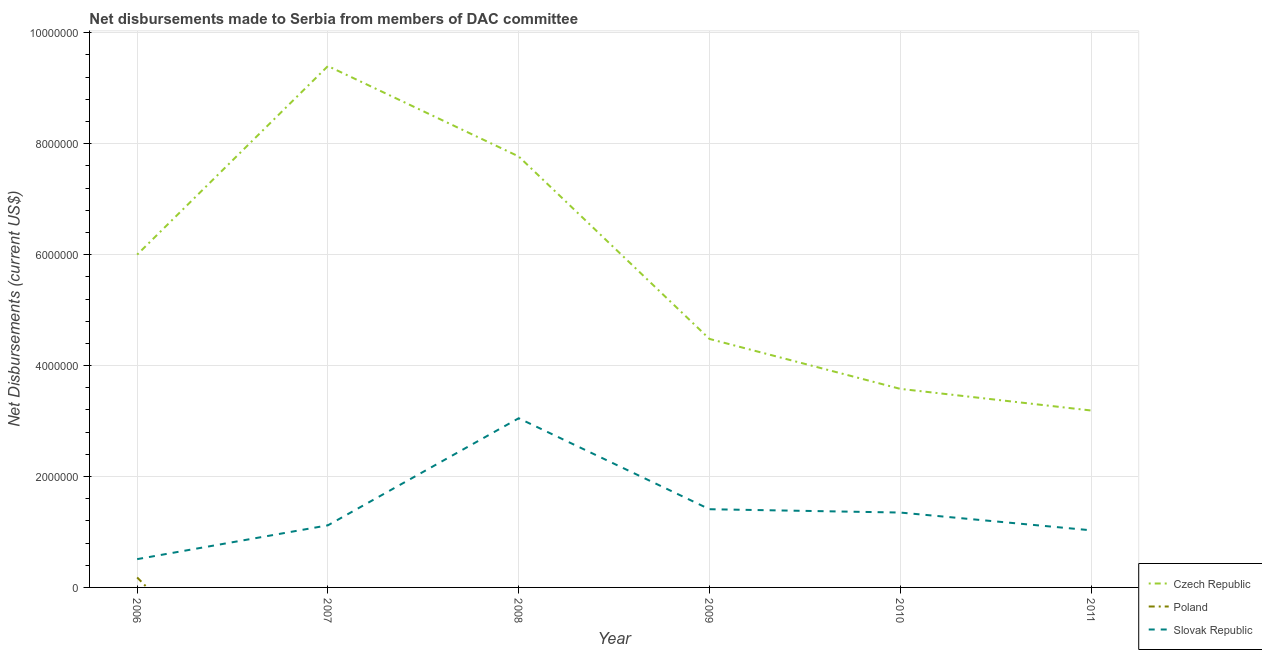
| Year | Czech Republic | Poland | Slovak Republic |
 | --- | --- | --- | --- |
 | 2006 | 6e+06 | 1.8e+05 | 5.1e+05 |
 | 2007 | 9.4e+06 | -3.3e+06 | 1.12e+06 |
 | 2008 | 7.77e+06 | -2.6e+06 | 3.05e+06 |
 | 2009 | 4.48e+06 | -3.2e+06 | 1.41e+06 |
 | 2010 | 3.58e+06 | -3.25e+06 | 1.35e+06 |
 | 2011 | 3.19e+06 | -3.26e+06 | 1.03e+06 |